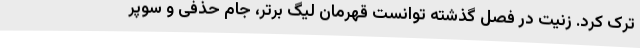
ترک کرد. زنیت در فصل گذشته توانست قهرمان لیگ برتر، جام حذفی و سوپر